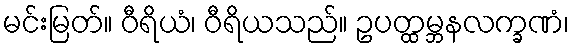
မင်းမြတ်။ ဝီရိယံ၊ ဝီရိယသည်။ ဥပတ္ထမ္ဘနလက္ခဏံ၊